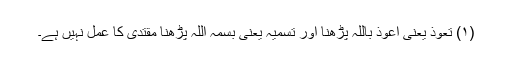
(۱) تعوذ یعنی اعوذ باللہ پڑھنا اور تسمیہ یعنی بسمہ اللہ پڑھنا مقتدی کا عمل نہیں ہے۔